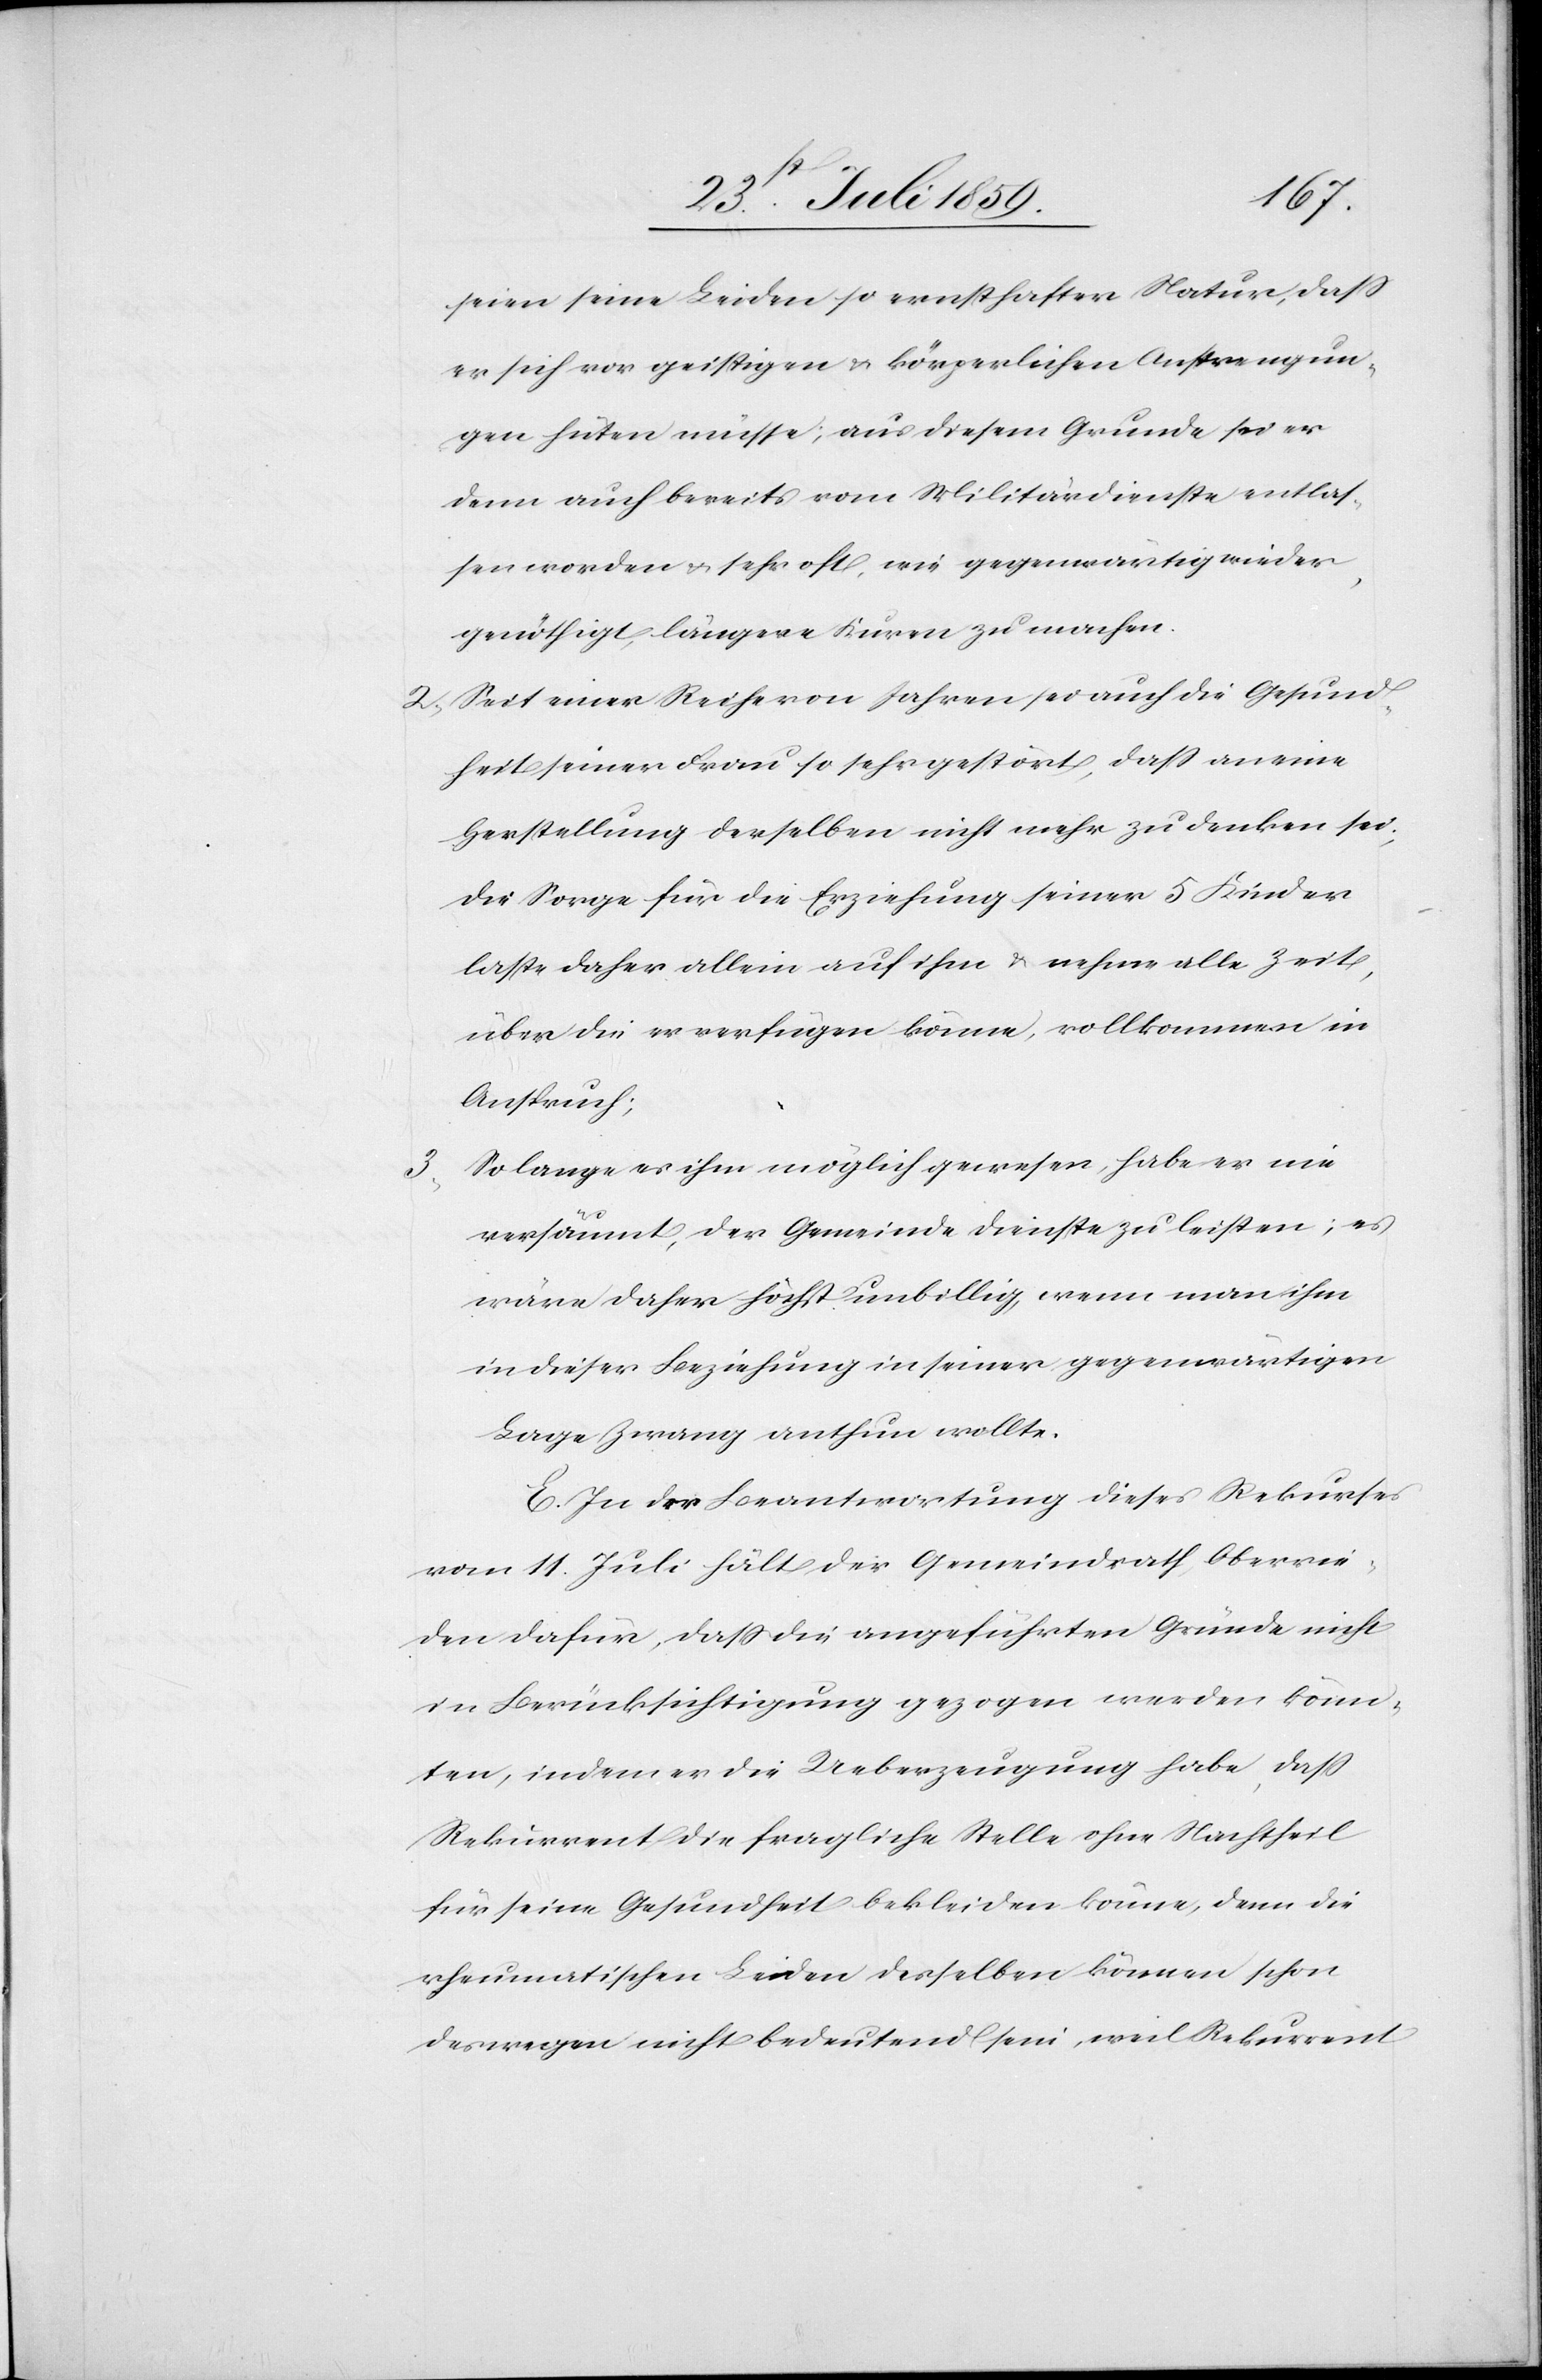
3.

seien seine Leiden so ernsthafter Natur, daß
er sich vor geistigen u. körperlichen Anstrengun¬
gen hüten müsse; aus diesem Grunde sei er
denn auch bereits vom Militärdienste entlas¬
sen worden u. sehr oft, wie gegenwärtig wieder,
genöthigt, längere Kuren zu machen.
2. Seit einer Reihe von Jahren sei auch die Gesund¬
heit seiner Frau so sehr gestört, daß an eine
Herstellung derselben nicht mehr zu denken sei;
die Sorge für die Erziehung seiner 5 Kinder
laste daher allein auf ihm u. nehme alle Zeit,
über die er verfügen könne, vollkommen in
Anspruch;
So lange es ihm möglich gewesen, habe er nie
versäumt, der Gemeinde Dienste zu leisten; es
wäre daher höchst unbillig, wenn man ihm
in dieser Beziehung in seiner gegenwärtigen
Lage Zwang anthun wollte.
E. In der Beantwortung dieses Rekurses
vom 11. Juli hält der Gemeindrath, Oberrie¬
den dafür, daß die angeführten Gründe nicht
in Berücksichtigung gezogen werden könn¬
ten, indem er die Ueberzeugung habe, daß
Rekurrent die fragliche Stelle ohne Nachtheil
für seine Gesundheit bekleiden könne, denn die
rheumatischen Leiden desselben können schon
deswegen nicht bedeutend sein, weil Rekurrent